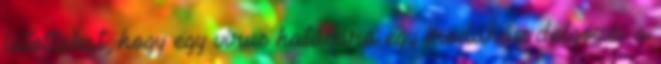
látottakat, hogy egy vírus hatására egy irodaház dolgozói a